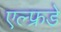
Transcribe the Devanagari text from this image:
एल्फ्रडे